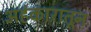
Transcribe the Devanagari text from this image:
अहंकारातून